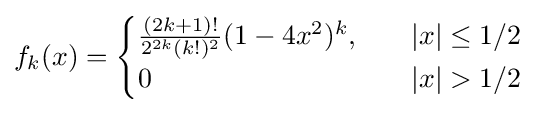
f_{k}(x)={\begin{cases}{\frac {(2k+1)!}{2^{2k}(k!)^{2}}}(1-4x^{2})^{k},\quad &|x|\leq 1/2\\0&|x|>1/2\end{cases}}